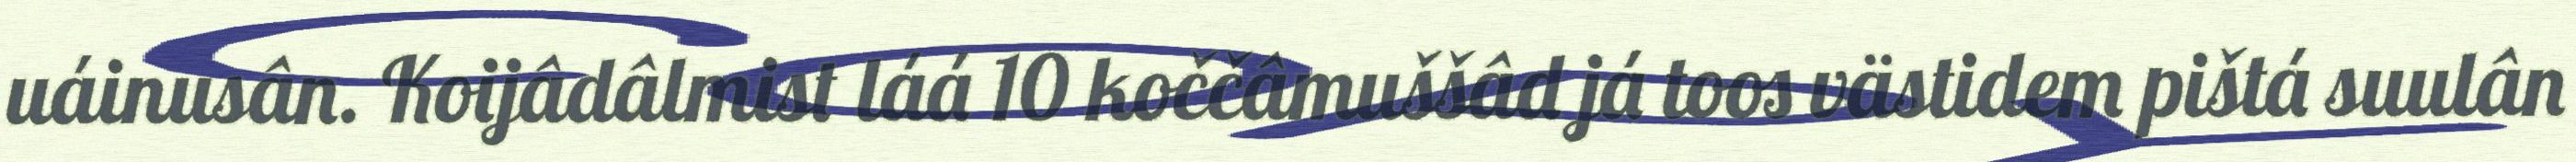
uáinusân. Koijâdâlmist láá 10 koččâmuššâd já toos västidem pištá suulân